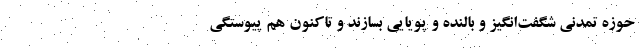
حوزه تمدنی شگفت‌انگیز و بالنده و پویایی بسازند و تاکنون هم پیوستگی